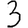
Digit: 3